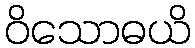
ဝိသောဓယိ